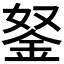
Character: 𨥬